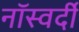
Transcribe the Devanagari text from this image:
नॉस्वर्दी